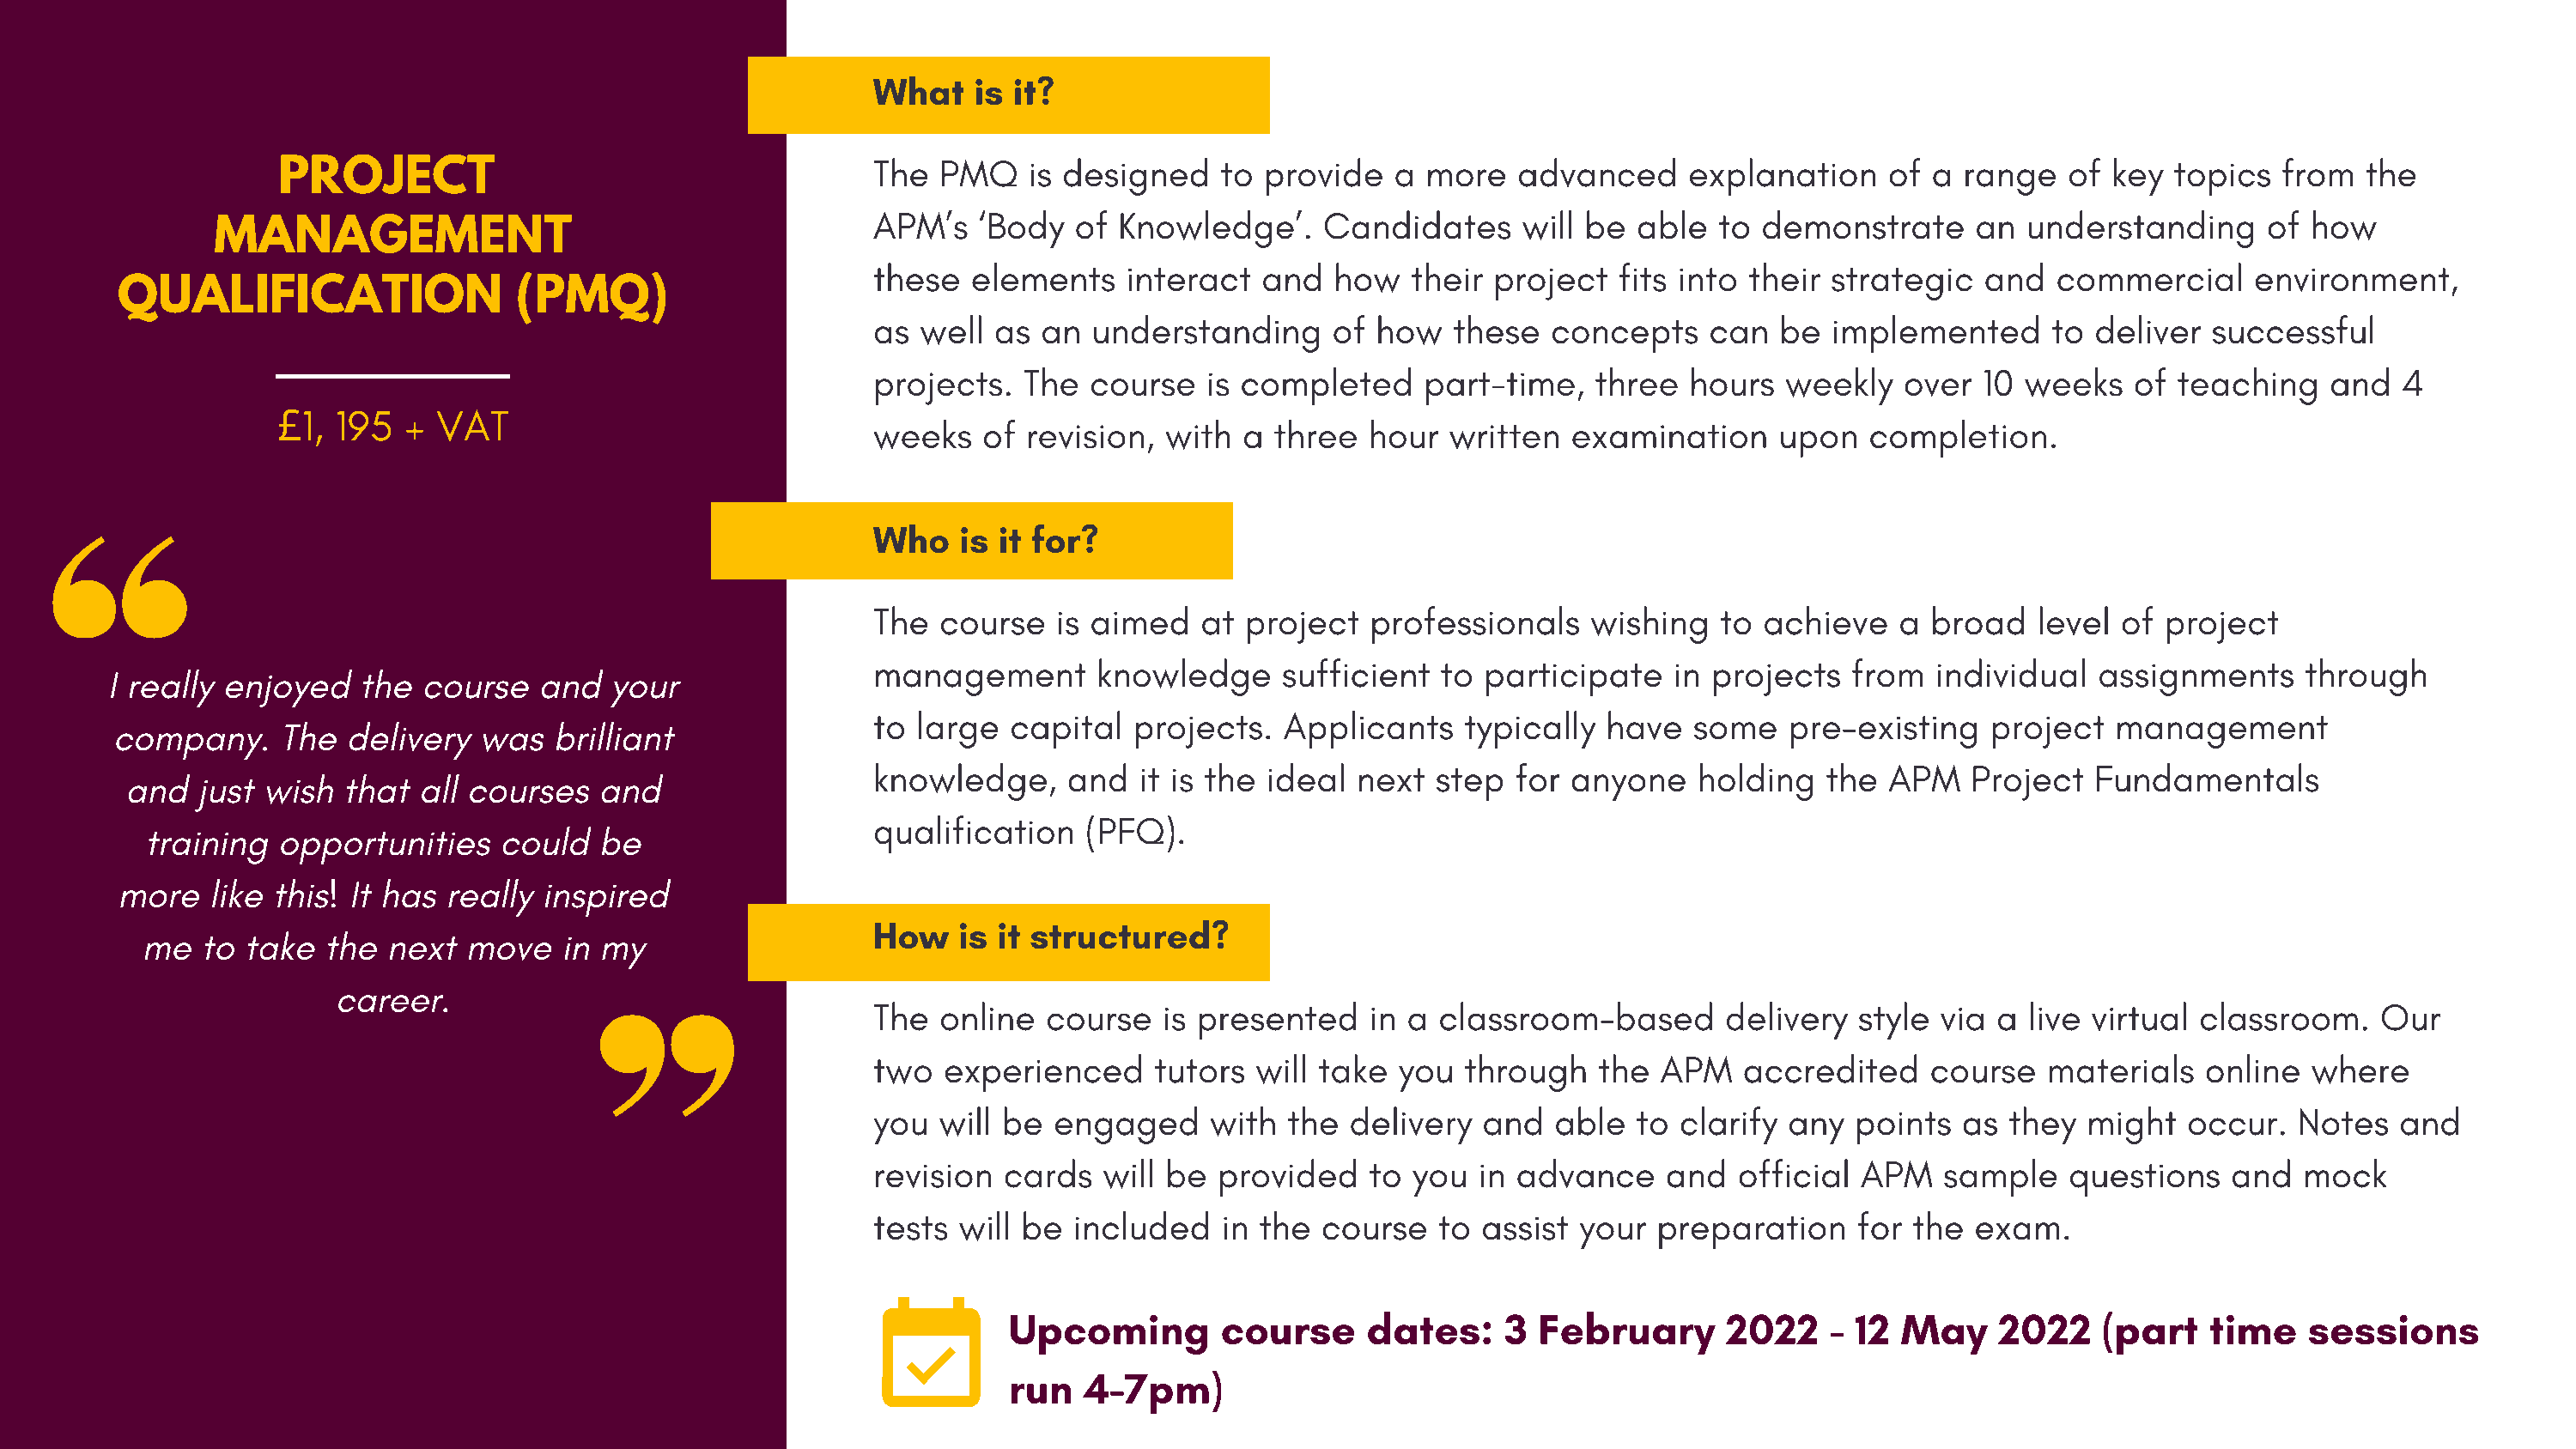
What    is it?
 The  PMQ    is designed    to provide   a  more   advanced     explanation     of a range   of  key  topics  from  the
 PROJECT
 APM’s   ‘Body   of Knowledge’.     Candidates     will be  able  to  demonstrate     an  understanding      of how
 MANAGEMENT
 these   elements    interact  and   how   their project   fits into their strategic   and   commercial     environment,
 QUALIFICATION                  (PMQ)
 as  well  as an  understanding      of how   these   concepts    can  be  implemented      to deliver   successful
 projects.   The  course   is completed     part-time,   three  hours   weekly   over  10 weeks   of  teaching    and  4
 1, 195  +  VAT
 £                                             weeks    of revision,  with  a three  hour   written  examination     upon   completion.
 Who    is it for?
 The  course   is aimed    at project   professionals    wishing   to achieve   a  broad   level  of project
 management        knowledge     sufficient  to participate    in projects   from  individual   assignments     through
 I really enjoyed    the  course   and  your
 to  large  capital  projects.   Applicants    typically  have   some   pre-existing   project   management
 company.     The  delivery  was   brilliant
 knowledge,     and   it is the ideal  next  step  for anyone    holding   the  APM   Project  Fundamentals
 and  just wish  that  all courses   and
 qualification    (PFQ).
 training  opportunities     could  be
 more   like this! It has really  inspired
 How    is it structured?
 me   to take  the  next  move   in my
 career.
 The  online   course   is presented    in a classroom-based       delivery  style  via a live virtual  classroom.    Our
 two   experienced     tutors  will take  you  through   the  APM   accredited     course   materials   online  where
 you  will be  engaged     with  the  delivery  and   able  to clarify  any  points  as  they  might   occur.  Notes   and
 revision  cards   will be  provided    to you  in advance    and   official APM    sample   questions    and   mock
 tests  will be  included   in the  course   to assist  your  preparation    for the  exam.
 Upcoming        course     dates:     3  February      2022    - 12  May    2022    (part   time    sessions
 run   4-7pm)